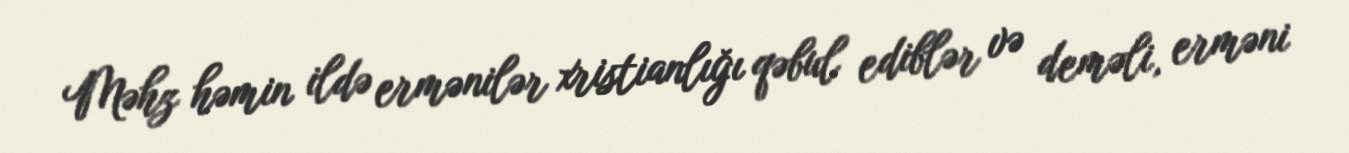
Məhz həmin ildə ermənilər xristianlığı qəbul ediblər və deməli, erməni